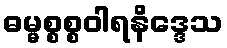
ဓမ္မစ္စစ္စဝါရနိဒ္ဒေသ